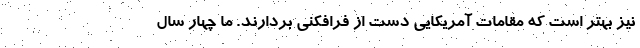
نیز بهتر است که مقامات آمریکایی دست از فرافکنی بردارند. ما چهار سال